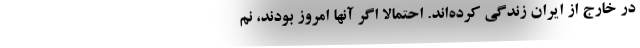
در خارج از ایران زندگی کرده‌اند. احتمالا اگر آنها امروز بودند، نم